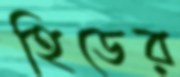
হিডের